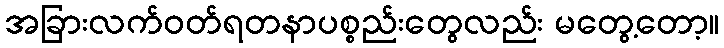
အခြားလက်ဝတ်ရတနာပစ္စည်းတွေလည်း မတွေ့တော့။